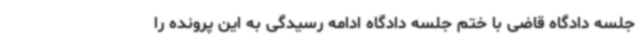
جلسه دادگاه قاضی با ختم جلسه دادگاه ادامه رسیدگی به این پرونده را